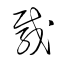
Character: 載